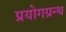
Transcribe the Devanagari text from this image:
प्रयोगग्रन्थ